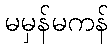
မမှန်မကန်